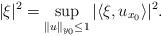
LaTeX: \begin{align*} \vert \xi\vert^2= \sup_{\Vert u\Vert_{y_0}\leq 1} |\langle \xi, u_{x_0}\rangle |^2. \end{align*}